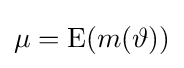
\mu =\operatorname {E} (m(\vartheta ))